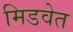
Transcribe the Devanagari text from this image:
मिडवेत